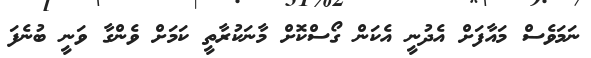
ނަމަވެސް މައާފަށް އެދުނީ އެކަން ގޯސްކޮށް މާނަކުރާތީ ކަމަށް ވެންގާ ވަނީ ބުނެފަ